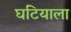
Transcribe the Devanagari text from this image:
घटियाला